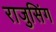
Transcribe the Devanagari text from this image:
राजुसिंग